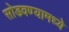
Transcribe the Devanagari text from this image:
सोडवण्यामध्ये